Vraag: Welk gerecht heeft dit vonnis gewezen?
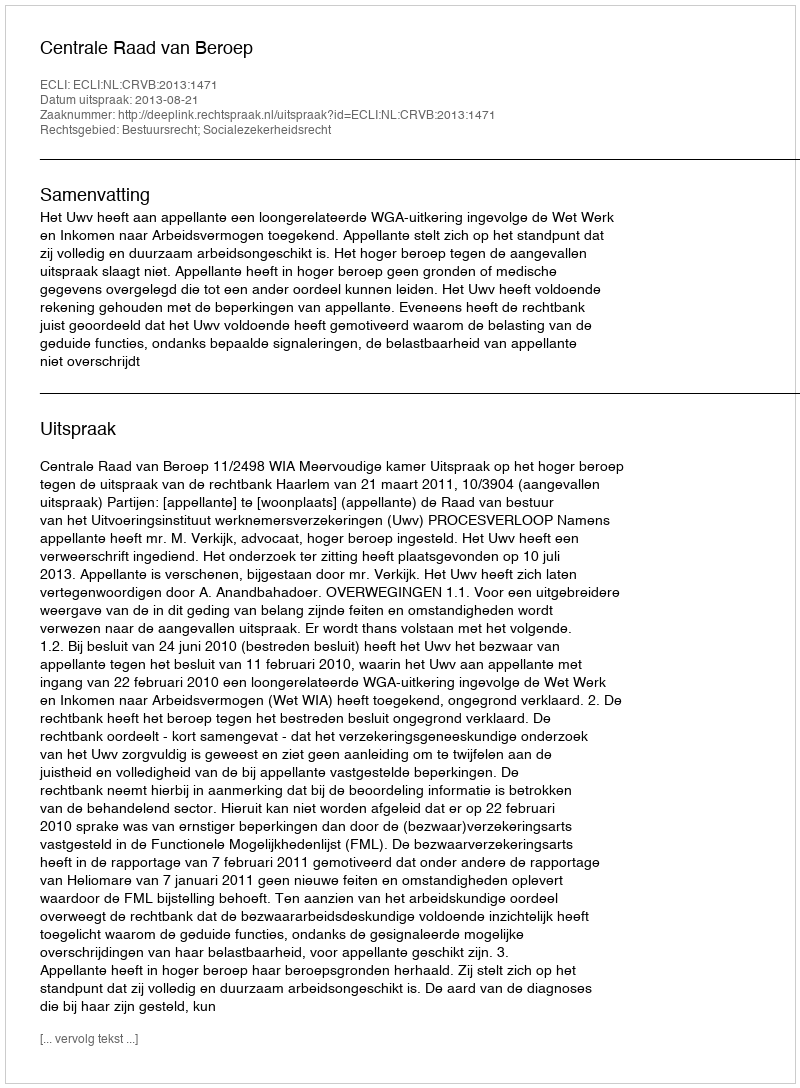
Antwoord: Centrale Raad van Beroep